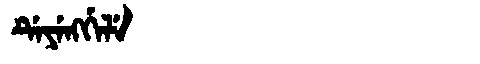
Manchu: ᡩᡝᠶᡝᠩᡤᡝᠯᡝ
Romanization: DEYENGGELE